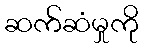
ဆက်ဆံမှုကို